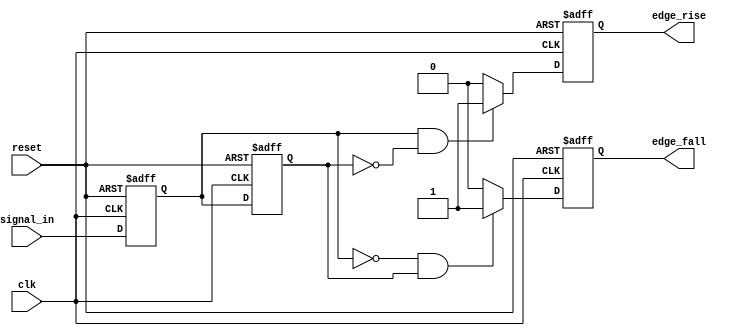
module glitch_free_edge_detector (
    input wire clk,          // Clock signal
    input wire reset,        // Asynchronous reset
    input wire signal_in,    // Input signal to detect edges
    output reg edge_rise,    // Output signal for rising edge detection
    output reg edge_fall     // Output signal for falling edge detection
);

    // Memory blocks to hold current and previous states
    reg current_state;       // Current state of the input signal
    reg previous_state;      // Previous state of the input signal

    // Sequential logic to update states on clock edge
    always @(posedge clk or posedge reset) begin
        if (reset) begin
            current_state <= 1'b0;  // Initialize current state to 0
            previous_state <= 1'b0; // Initialize previous state to 0
            edge_rise <= 1'b0;       // Initialize rising edge output
            edge_fall <= 1'b0;       // Initialize falling edge output
        end else begin
            // Update previous state to current state
            previous_state <= current_state;
            // Update current state with the input signal
            current_state <= signal_in;

            // Edge detection logic
            edge_rise <= (current_state == 1'b1 && previous_state == 1'b0) ? 1'b1 : 1'b0;
            edge_fall <= (current_state == 1'b0 && previous_state == 1'b1) ? 1'b1 : 1'b0;
        end
    end

endmodule